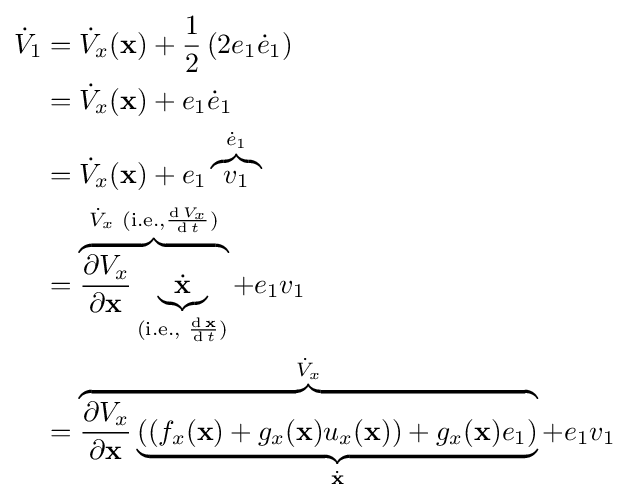
{\begin{aligned}{\dot {V}}_{1}&={\dot {V}}_{x}(\mathbf {x} )+{\frac {1}{2}}\left(2e_{1}{\dot {e}}_{1}\right)\\&={\dot {V}}_{x}(\mathbf {x} )+e_{1}{\dot {e}}_{1}\\&={\dot {V}}_{x}(\mathbf {x} )+e_{1}\overbrace {v_{1}} ^{{\dot {e}}_{1}}\\&=\overbrace {{\frac {\partial V_{x}}{\partial \mathbf {x} }}\underbrace {\dot {\mathbf {x} }} _{{\text{(i.e., }}{\frac {\operatorname {d} \mathbf {x} }{\operatorname {d} t}}{\text{)}}}} ^{{\dot {V}}_{x}{\text{ (i.e.,}}{\frac {\operatorname {d} V_{x}}{\operatorname {d} t}}{\text{)}}}+e_{1}v_{1}\\&=\overbrace {{\frac {\partial V_{x}}{\partial \mathbf {x} }}\underbrace {\left((f_{x}(\mathbf {x} )+g_{x}(\mathbf {x} )u_{x}(\mathbf {x} ))+g_{x}(\mathbf {x} )e_{1}\right)} _{\dot {\mathbf {x} }}} ^{{\dot {V}}_{x}}+e_{1}v_{1}\end{aligned}}